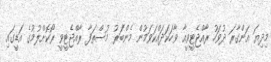
މިދިޔަ އަންގާރަ ދުވަހު ރާއްޖެޓީވީއާ ވާހަކަދައްކަވަމުން މެންބަރު މުސްތަފާ ރާއްޖެޓީވީ ރޯކޮށްލުމުގެ އަޑީގައި